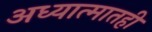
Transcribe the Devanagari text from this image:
अध्यात्मातही